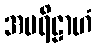
အပရိဠာဟံ